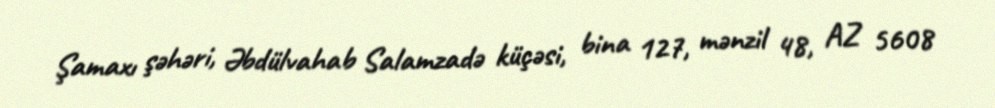
Şamaxı şəhəri, Əbdülvahab Salamzadə küçəsi, bina 127, mənzil 48, AZ 5608